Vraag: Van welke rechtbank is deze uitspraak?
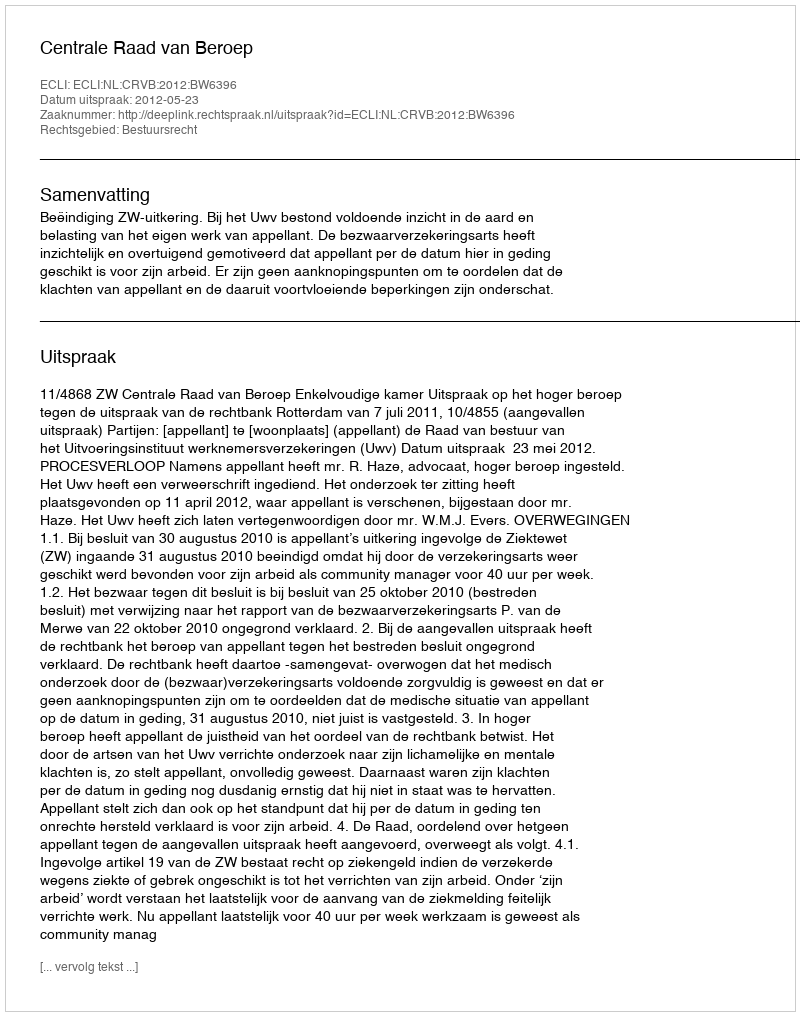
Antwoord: Centrale Raad van Beroep